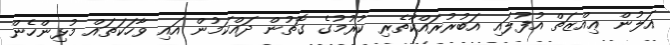
އަލުން ޢިއްޒަތް އުފުލައި އަބުރުރައްކާތެރި ކުރުމުގެ ގޮތުން ދައްކަމުން އައި ވާހަކަތައް މުޅިންހެން